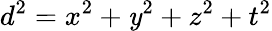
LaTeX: d^{2}=x^{2}+\mathit{y}^{2}+z^{2}+t^{2}